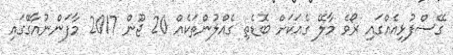
ގޭސްފުޅިއެއްގައި ރޯވެ މާލޭ ގެއަކަށް ބޮޑެތި ގެއްލުންތަކެއް 20 ޖޫން 2017 މާފަންނުއާގޭގައި